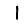
Digit: 1